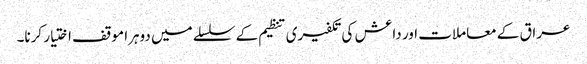
عراق کے معاملات اور داعش کی تکفیری تنظیم کے سلسلے میں دوہرا موقف اختیار کرنا۔